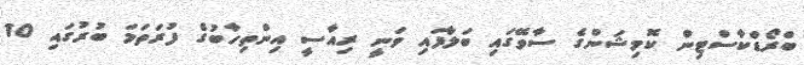
ބްރޯޑްކާސްޓިން ކޮމިޝަންގެ ސާވޭގައި ބަލާފައި ވަނީ ރިއާސީ އިންތިހާބުގެ ފުރަތަމަ ބުރުގައި 10